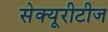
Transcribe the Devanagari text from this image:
सेक्यूरीटीज